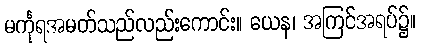
မင်္ကုရအမတ်သည်လည်းကောင်း။ ယေန၊ အကြင်အရပ်၌။